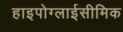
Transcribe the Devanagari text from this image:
हाइपोग्लाईसीमिक